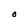
Character: O